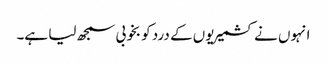
انہوں نے کشمیریوں کے درد کو بخوبی سمجھ لیا ہے۔